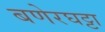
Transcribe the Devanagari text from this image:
बणेरघट्टा